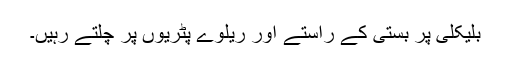
بلیکلی پر بستی کے راستے اور ریلوے پٹریوں پر چلتے رہیں۔